Report on the Nagpur School of Medicine, Central Provinces
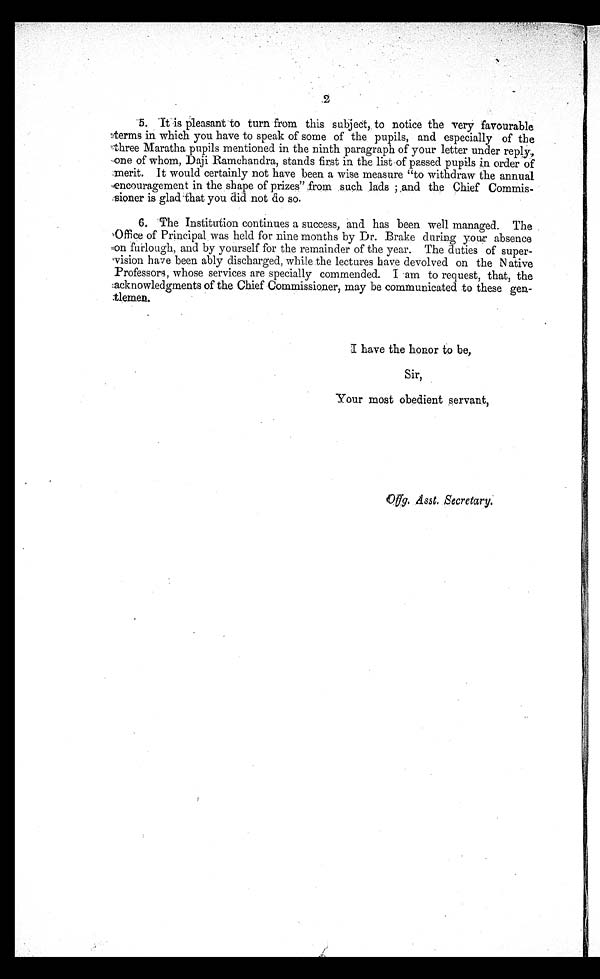
2
5. It is Pleasant to turn from this subject, to notice the very favourable
terms in which you have to speak of some of the pupils, and especially of the
three Maratha pupils mentioned in the ninth paragraph of your letter under reply,
one of whom, Daji Ramchandra, stands first in the list of passed pupils in order of
merit. It would certainly not have been a wise measure "to withdraw the annual
encouragement in the shape of prizes" from such lads ; .and the Chief Commis-
sioner is glad that you did not do so.
6. The Institution continues a success, and has been well managed. The
Office of Principal was held for nine months by Dr. Brake during you' absence
on furlough, and by yourself for the remainder of the year. The duties of super-
vision been ably discharged, white the lectures have devolved on the N ative
Professors, whose services are specially commended. I am to request, that, the
:acknowledgments of the Chief Commissioner, may be communicated to these gen-
tlemen.
I have the honor to be,
Sir,
Your most obedient servant,
Offg. Asst. Secretary.